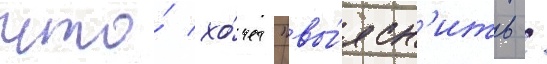
что́ хо́чет "вы́ясн'ить /